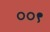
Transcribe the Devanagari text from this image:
००९